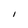
Character: I